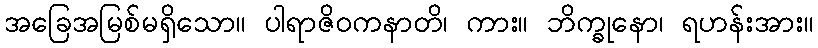
အခြေအမြစ်မရှိသော။ ပါရာဇိဝကနာတိ၊ ကား။ ဘိက္ခုနော၊ ရဟန်းအား။